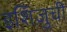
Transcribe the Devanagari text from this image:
इशिज़ुची